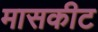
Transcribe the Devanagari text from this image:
मासकीट